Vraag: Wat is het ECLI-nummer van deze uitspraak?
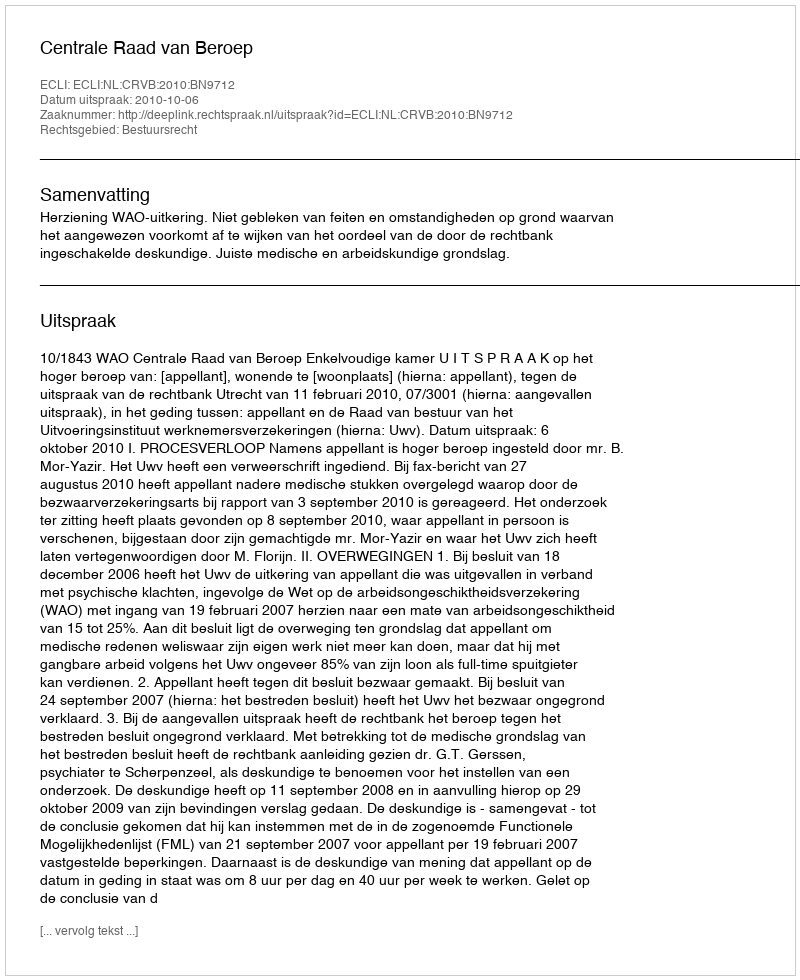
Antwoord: ECLI:NL:CRVB:2010:BN9712